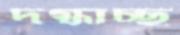
দগ্ধাচ্ছ